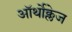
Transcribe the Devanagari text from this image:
ऑर्थोक्लेज